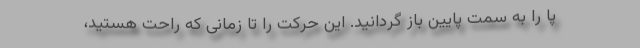
پا را به سمت پایین باز گردانید. این حرکت را تا زمانی که راحت هستید،